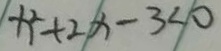
x ^ { 2 } + 2 x - 3 < 0